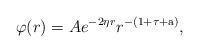
LaTeX: \begin{align*}\varphi(r)=Ae^{-2\eta{r}}r^{-(1+\tau+\mathrm{a})},\end{align*}